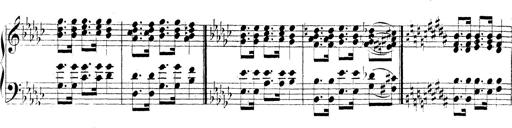
Title: Technische Studien
Composer: Franz Liszt